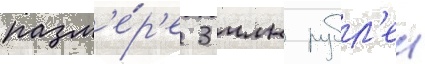
разм'е́р'е 3 млн рубл'еи